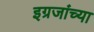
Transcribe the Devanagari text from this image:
इग्रजांच्या